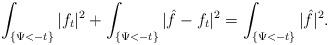
LaTeX: \begin{align*} \int_{\{\Psi<-t\}}|f_t|^2+\int_{\{\Psi<-t\}}|\hat{f}-f_t|^2=\int_{\{\Psi<-t\}}|\hat{f}|^2. \end{align*}